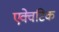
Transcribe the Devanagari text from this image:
एक्वेटिक